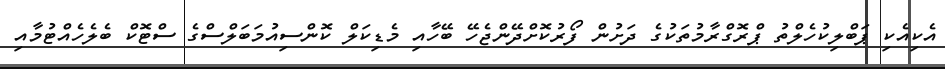
އެކިއެކި ޕަބްލިކުހެލްތު ޕްރޮގްރާމުތަކުގެ ދަށުން ފޯރުކޮށްދޭންޖެހޭ ބޭހާއި މެޑިކަލް ކޮންސިއުމަބަލްސްގެ ސްޓޮކް ބެލެހެއްޓުމާއި